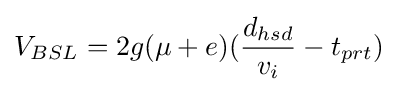
V_{BSL}=2g(\mu +e)({\frac {d_{hsd}}{v_{i}}}-t_{prt})